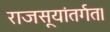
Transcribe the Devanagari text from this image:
राजसूयांतर्गत।